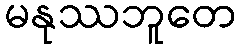
မနုဿဘူတေ